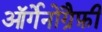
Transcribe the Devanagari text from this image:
ऑर्गेनोग्रैफ़ी